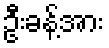
ဦးခန့်အား